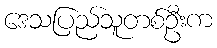
ဒေသပြည်သူတစ်ဦးက